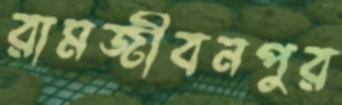
রামজীবনপুর